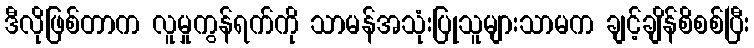
ဒီလိုဖြစ်တာက လူမှုကွန်ရက်ကို သာမန်အသုံးပြုသူများသာမက ချင့်ချိန်စိစစ်ပြီး